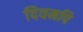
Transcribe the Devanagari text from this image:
दिवमपि